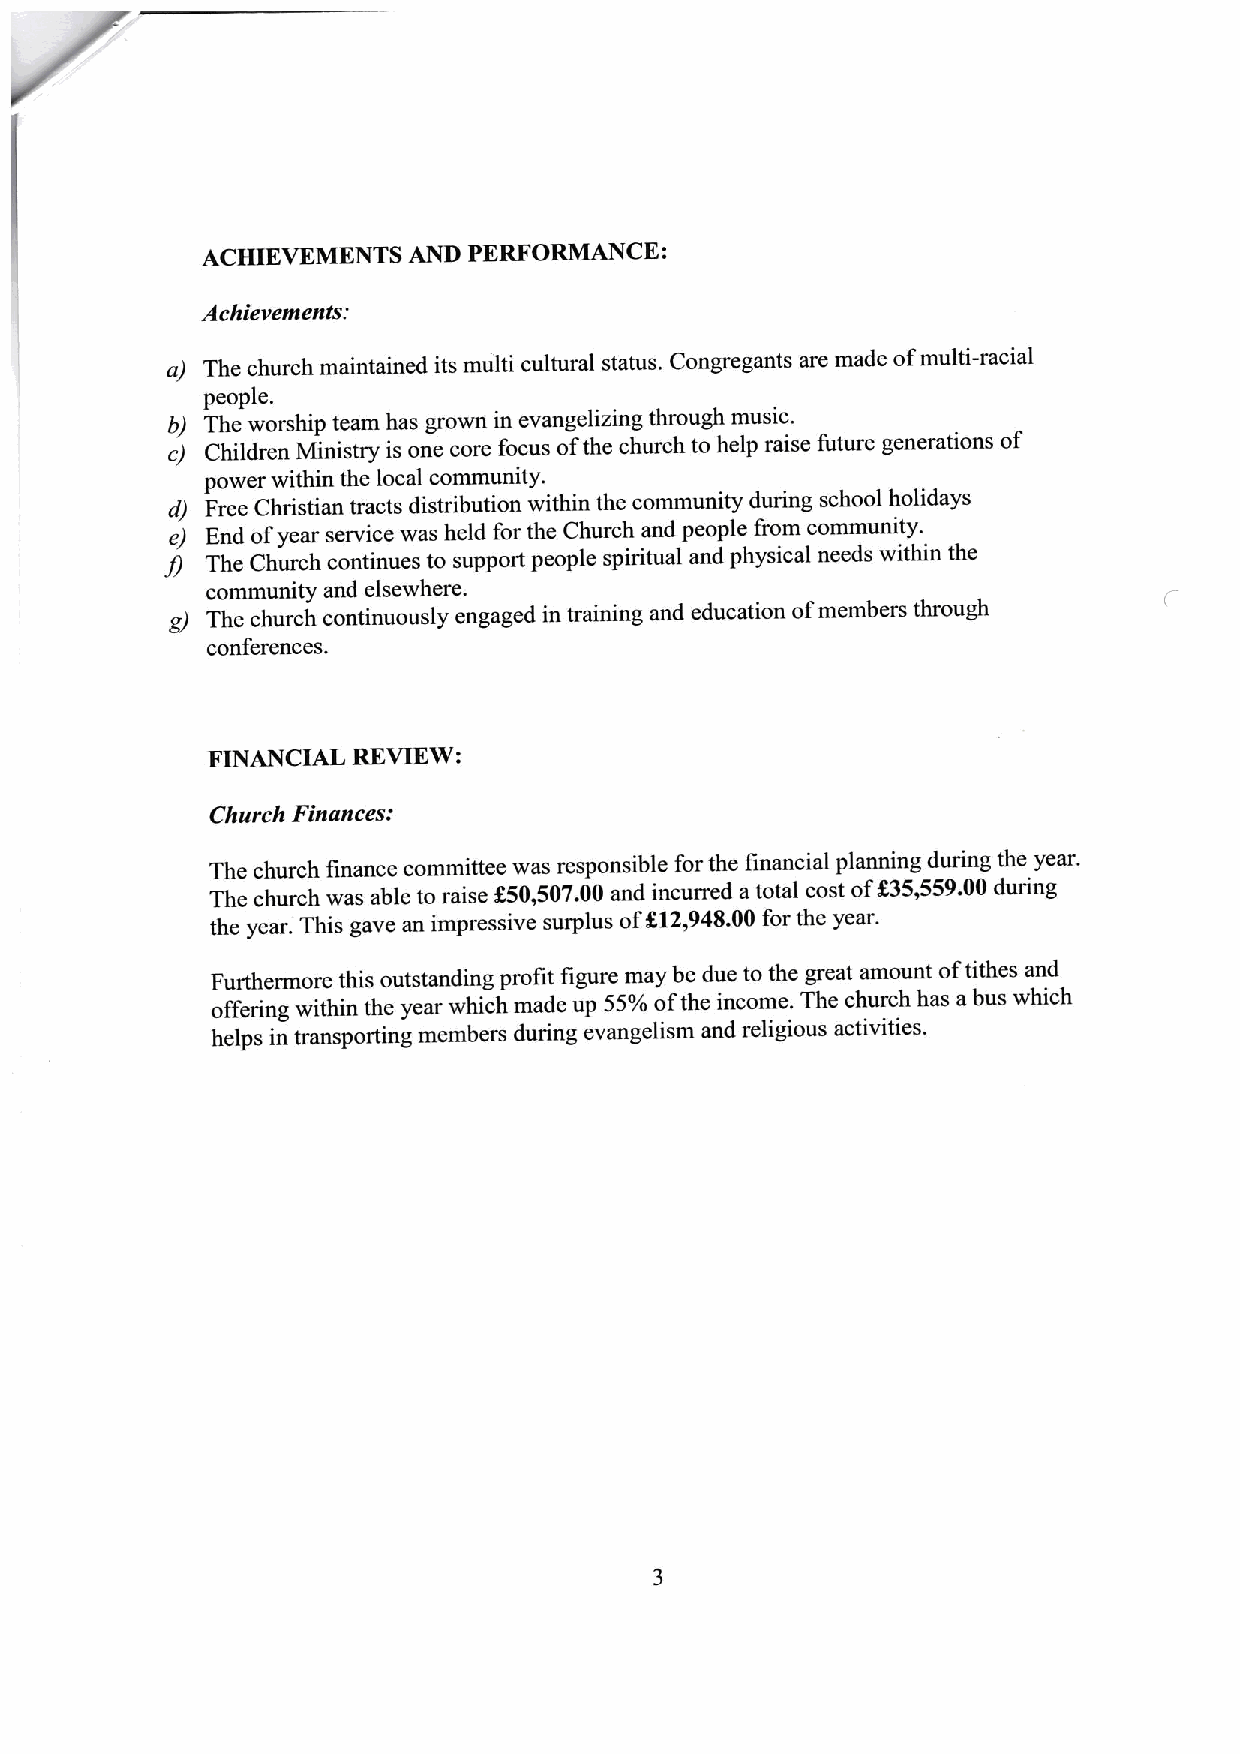
ACHIEVEMENTS  AND PERFORMANCE:
 Achievements:
 a) The church maintained its multi cultural status. Congregants are made ofmulti-racial
 people.
 b) The worship team has grown in evangelizing through music.
 c) Children Ministry is one core focus ofthe church to help raise future generations of
 power within the local community.
 d) Free Christian tracts distribution within the community during school holidays
 e) End ofyear service was held for the Church and people from community.
 The Church continues to support people spiritual and physical needs within the
 community and elsewhere.
 g) The church continuously engaged in training and education ofmembers through
 conferences.
 FINANCIAL REVIEW:
 Church Finances:
 The church finance committee was responsible for the financial planning during the year.
 The church was able to raise f50,507.00 and incurred a total cost of%35,559.00 during
 the year. This gave an impressive surplus off12,948.00 for the year.
 Furthermore this outstanding profit figure may be due to the great amount oftithes and
 offering within the year which made up 55%ofthe income. The church has abus which
 helps in transporting members during evangelism and religious activities.